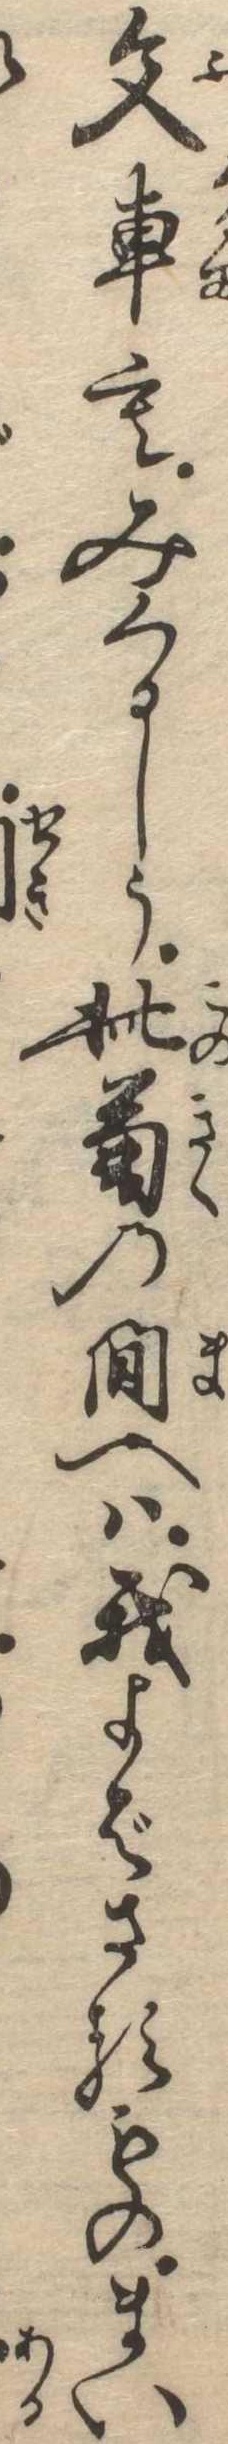
文車もみくるしう此菊の間へは我よばさるものまい